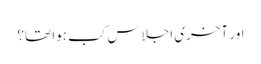
اور آخری اجلاس کب ہوا تھا؟